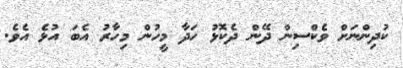
ކުދިންނަށް ވެކްސިން ދޭން ދެކޮޅު ހަދާ މީހުން މިހާރު އެބަ އުޅެ އެވެ.